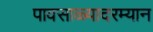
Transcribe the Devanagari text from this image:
पावसाळ्यादरम्यान